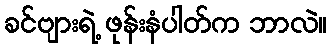
ခင်ဗျားရဲ့ ဖုန်းနံပါတ်က ဘာလဲ။